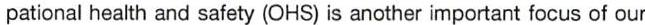
pational health and safety (OHS) is another important focus of our